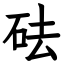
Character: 砝